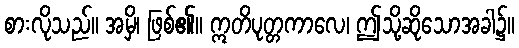
စားလိုသည်။ အမှိ၊ ဖြစ်၏။ ဣတိပုတ္တကာလေ၊ ဤသို့ဆိုသောအခါ၌။